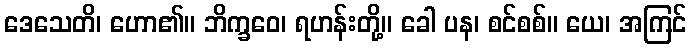
ဒေသေတိ၊ ဟော၏။ ဘိက္ခဝေ၊ ရဟန်းတို့။ ခေါ ပန၊ စင်စစ်။ ယေ၊ အကြင်